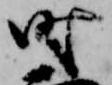
時